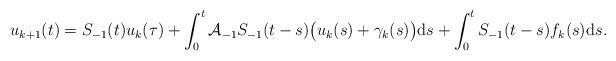
LaTeX: \begin{align*} u_{k+1}(t) = S_{-1}(t) u_{k}(\tau) + \int_{0}^{t} \mathcal{A}_{-1} S_{-1}(t - s) \big(u_{k}(s) + \gamma_{k}(s)\big) \mathrm{d}s + \int_{0}^{t} S_{-1}(t - s) f_{k}(s) \mathrm{d}s. \end{align*}